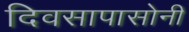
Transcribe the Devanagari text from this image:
दिवसापासोनी